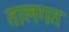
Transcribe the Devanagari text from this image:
तालगत